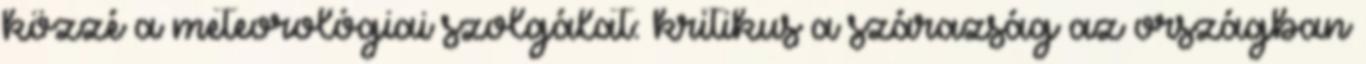
közzé a meteorológiai szolgálat: kritikus a szárazság az országban